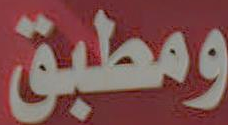
ومطبق